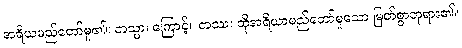
အရိယမည်တော်မူ၏။ တသ္မာ၊ ကြောင့်။ တဿ၊ ထိုအရိယာမည်တော်မူသော မြတ်စွာဘုရား၏။